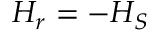
H _ { r } = - H _ { S }